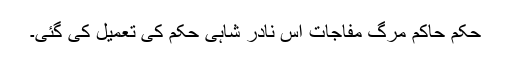
حکم حاکم مرگ مفاجات اس نادر شاہی حکم کی تعمیل کی گئی۔